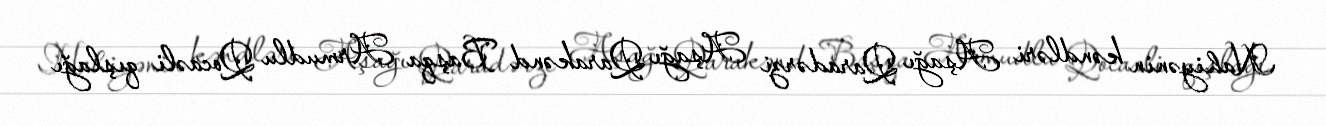
Nahiyənin kəndləri Aşağı Qaradərzi Aşağı Qarakənd Başqa Armudlu Qocaəli qışlağı